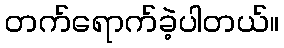
တက်ရောက်ခဲ့ပါတယ်။